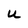
Character: u